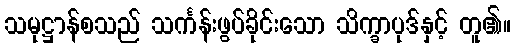
သမုဋ္ဌာန်စသည် သင်္ကန်းဖွပ်ခိုင်းသော သိက္ခာပုဒ်နှင့် တူ၏။